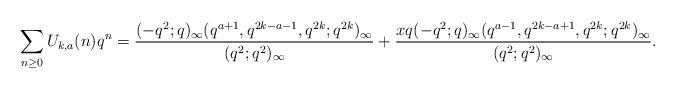
LaTeX: \begin{align*}\sum_{n\geq0}U_{k,a}(n)q^n=\frac{(-q^2;q)_\infty(q^{a+1},q^{2k-a-1},q^{2k};q^{2k})_\infty}{(q^2;q^2)_\infty}+\frac{xq(-q^2;q)_\infty(q^{a-1},q^{2k-a+1},q^{2k};q^{2k})_\infty}{(q^2;q^2)_\infty}.\end{align*}